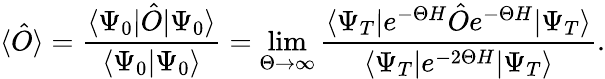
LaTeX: \langle\hat{O}\rangle=\frac{\langle\Psi_{0}\vert\hat{O}\vert\Psi_{0}\rangle}{\langle\Psi_{0}\vert\Psi_{0}\rangle}=\operatorname*{lim}_{\Theta\to\infty}\frac{\langle\Psi_{T}\vert e^{-\Theta H}\hat{O}e^{-\Theta H}\vert\Psi_{T}\rangle}{\langle\Psi_{T}\vert e^{-2\Theta H}\vert\Psi_{T}\rangle}.